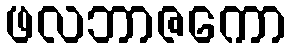
ဖလဘာဇကော